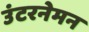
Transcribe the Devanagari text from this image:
उंटरनेमन